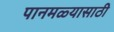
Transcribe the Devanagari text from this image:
पानमळ्यासाठी